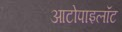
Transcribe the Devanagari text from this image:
आटोपाइलॉट